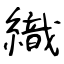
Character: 織